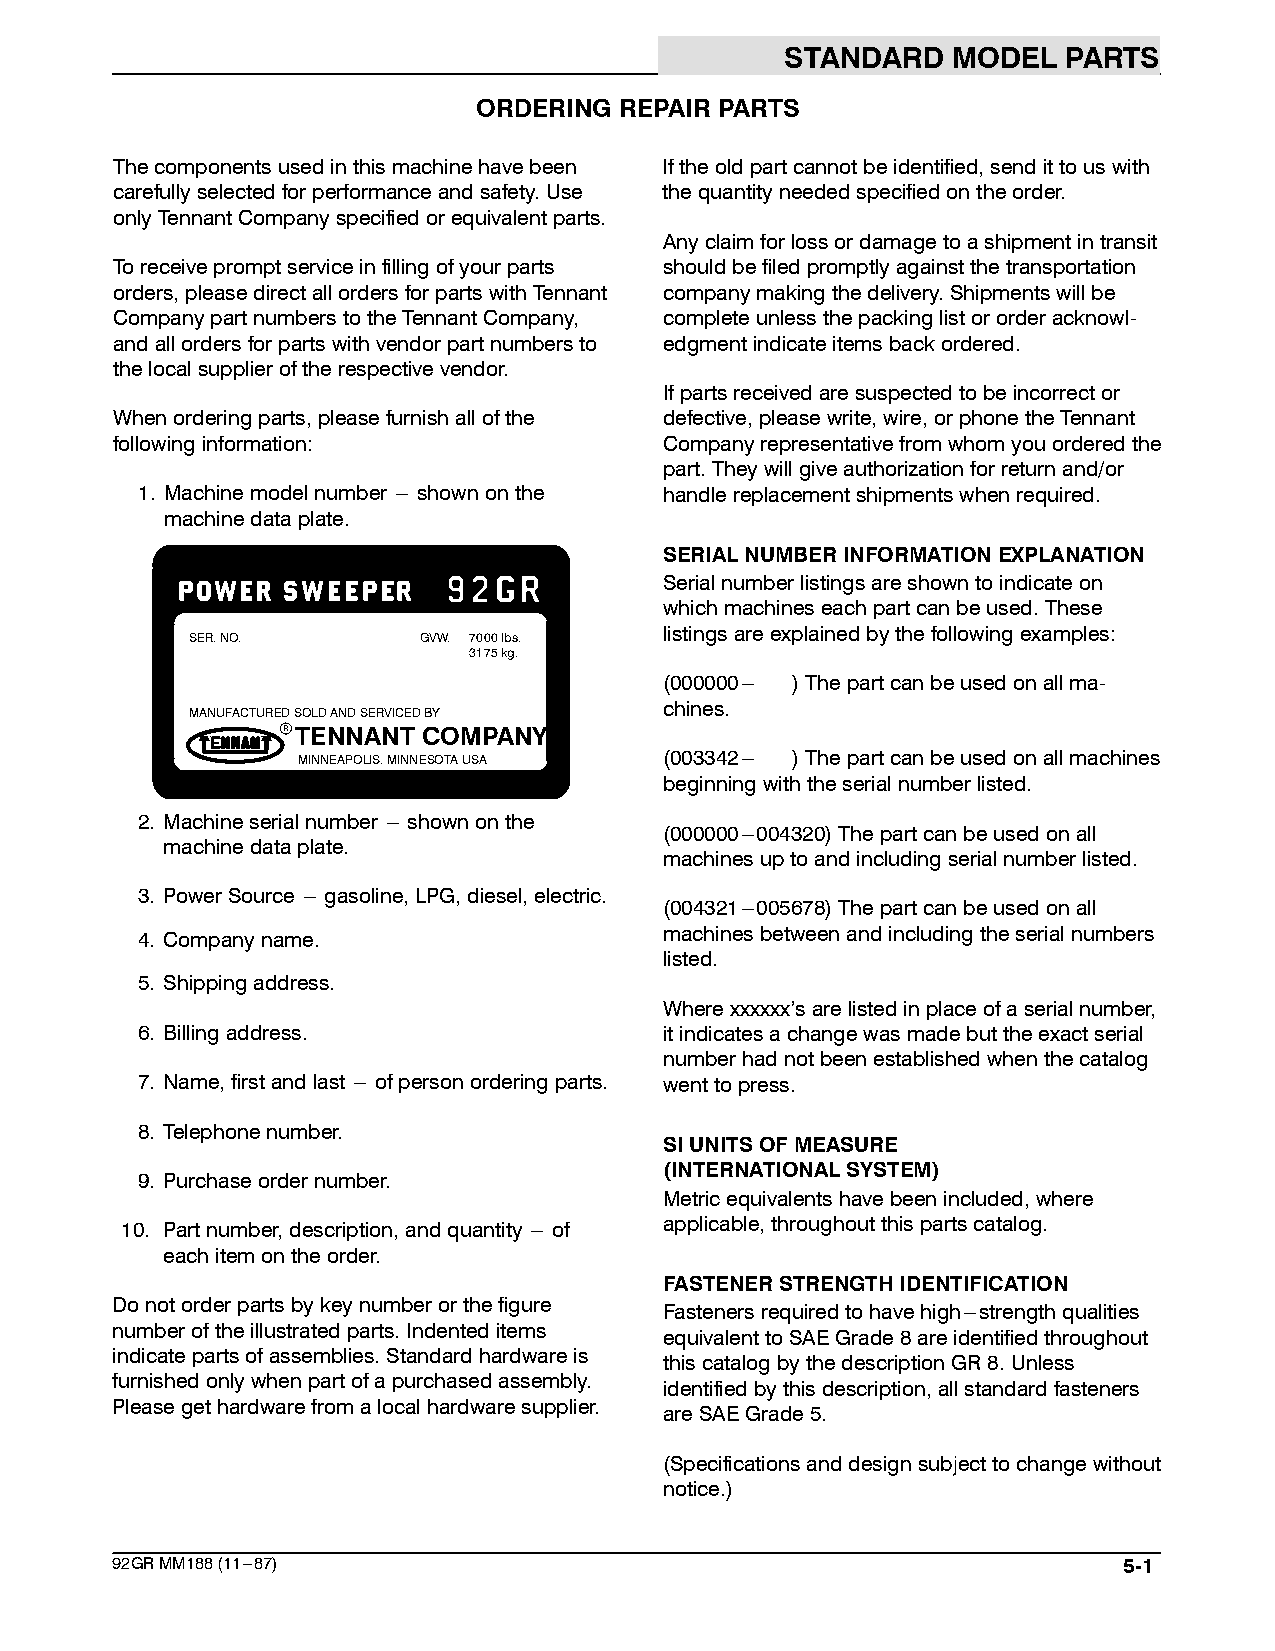
STANDARD   MODEL   PARTS
 ORDERING REPAIR PARTS
 Thecomponentsusedinthismachinehavebeen Iftheoldpartcannotbeidentified,sendittouswith
 carefullyselectedforperformanceandsafety.Use thequantityneededspecifiedontheorder.
 onlyTennantCompanyspecifiedorequivalentparts.
 Anyclaimforlossordamagetoashipmentintransit
 Toreceivepromptserviceinfillingofyourparts shouldbefiledpromptlyagainstthetransportation
 orders,pleasedirectallordersforpartswithTennant companymakingthedelivery.Shipmentswillbe
 CompanypartnumberstotheTennantCompany, completeunlessthepackinglistororderacknowl-
 andallordersforpartswithvendorpartnumbersto edgmentindicateitemsbackordered.
 thelocalsupplieroftherespectivevendor.
 Ifpartsreceivedaresuspectedtobeincorrector
 Whenorderingparts,pleasefurnishallofthe defective,pleasewrite,wire,orphonetheTennant
 followinginformation:                Companyrepresentativefromwhomyouorderedthe
 part.Theywillgiveauthorizationforreturnand/or
 1. Machinemodelnumber --- shownonthe handlereplacementshipmentswhenrequired.
 machinedataplate.
 SERIALNUMBERINFORMATIONEXPLANATION
 Serialnumberlistingsareshowntoindicateon
 whichmachineseachpartcanbeused.These
 listingsareexplainedbythefollowingexamples:
 SER.NO.         GVW. 7000lbs.
 3175kg.
 (000000--- )Thepartcanbeusedonallma-
 chines.
 MANUFACTUREDSOLDANDSERVICEDBY
 rTENNANT  COMPANY
 MINNEAPOLIS.MINNESOTAUSA (003342--- )Thepartcanbeusedonallmachines
 beginningwiththeserialnumberlisted.
 2. Machineserialnumber --- shownonthe
 (000000---004320)Thepartcanbeusedonall
 machinedataplate.
 machinesuptoandincludingserialnumberlisted.
 3. PowerSource --- gasoline,LPG,diesel,electric.
 (004321---005678)Thepartcanbeusedonall
 4. Companyname.                    machinesbetweenandincludingtheserialnumbers
 listed.
 5. Shippingaddress.
 Wherexxxxxx’sarelistedinplaceofaserialnumber,
 6. Billingaddress.                 itindicatesachangewasmadebuttheexactserial
 numberhadnotbeenestablishedwhenthecatalog
 7. Name,firstandlast --- ofpersonorderingparts. wenttopress.
 8. Telephonenumber.
 SIUNITSOFMEASURE
 (INTERNATIONALSYSTEM)
 9. Purchaseordernumber.
 Metricequivalentshavebeenincluded,where
 10. Partnumber,description,andquantity --- of applicable,throughoutthispartscatalog.
 eachitemontheorder.
 FASTENERSTRENGTHIDENTIFICATION
 Donotorderpartsbykeynumberorthefigure
 Fastenersrequiredtohavehigh---strengthqualities
 numberoftheillustratedparts.Indenteditems
 equivalenttoSAEGrade8areidentifiedthroughout
 indicatepartsofassemblies.Standardhardwareis
 thiscatalogbythedescriptionGR8.Unless
 furnishedonlywhenpartofapurchasedassembly.
 identifiedbythisdescription,allstandardfasteners
 Pleasegethardwarefromalocalhardwaresupplier.
 areSAEGrade5.
 (Specificationsanddesignsubjecttochangewithout
 notice.)
 92GRMM188(11---87)                                                 5-1